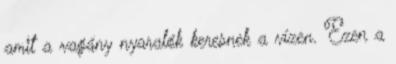
amit a vagány nyaralók keresnek a vízen. Ezen a